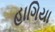
હાગિયા